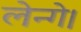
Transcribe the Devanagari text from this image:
लेन्गे।